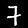
Digit: 7